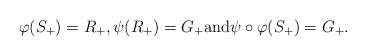
LaTeX: \begin{align*}\varphi(S_+)=R_+, \psi(R_+) = G_+ \mbox{and} \psi \circ \varphi(S_+)=G_+.\end{align*}